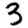
Digit: 3